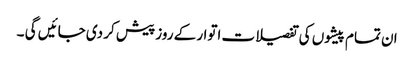
ان تمام پیشوں کی تفصیلات اتوار کے روز پیش کر دی جائیں گی ۔